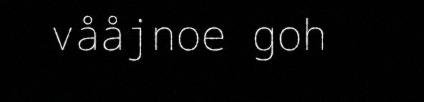
vååjnoe goh